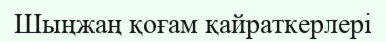
Шыңжаң қоғам қайраткерлері